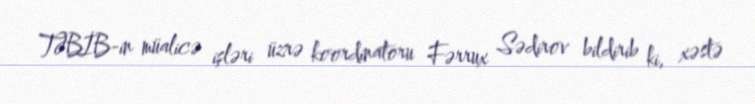
TƏBİB-in müalicə işləri üzrə koordinatoru Fərrux Sədirov bildirib ki, xəstə